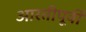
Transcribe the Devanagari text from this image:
आरतीपूर्वी